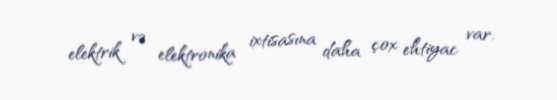
elektrik və elektronika ixtisasına daha çox ehtiyac var.